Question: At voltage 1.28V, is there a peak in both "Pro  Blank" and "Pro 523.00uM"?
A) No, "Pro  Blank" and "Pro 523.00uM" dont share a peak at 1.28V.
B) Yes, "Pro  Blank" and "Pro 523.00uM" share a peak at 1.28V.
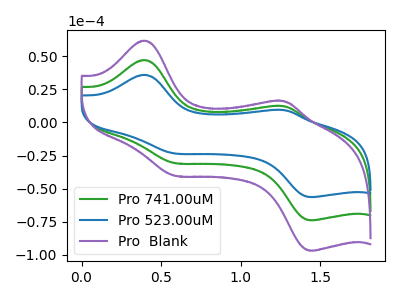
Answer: <think>The green curve "Pro 741.00uM" has anodic peaks at (0.40V, 47.20uA) (1.30V, 12.25uA) and cathodic peaks at (0.60V, -30.60uA) (1.45V, -73.95uA). The blue curve "Pro 523.00uM" has anodic peaks at (0.40V, 36.00uA) (1.30V, 9.35uA) and cathodic peaks at (0.60V, -23.35uA) (1.45V, -56.40uA). The purple curve "Pro  Blank" has anodic peaks at (0.40V, 94.40uA) (1.30V, 24.55uA) and cathodic peaks at (0.60V, -61.20uA) (1.45V, -147.90uA).</think>
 <answer>B) Yes, "Pro  Blank" and "Pro 523.00uM" share a peak at 1.28V.</answer>
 <eval>B</eval>